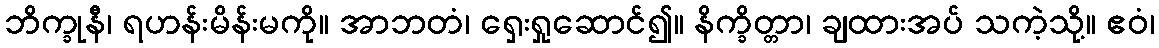
ဘိက္ခုနီ၊ ရဟန်းမိန်းမကို။ အာဘတံ၊ ရှေးရှုဆောင်၍။ နိက္ခိတ္တာ၊ ချထားအပ် သကဲ့သို့။ ဧဝံ၊